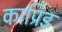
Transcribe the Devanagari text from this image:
काप्रिड